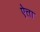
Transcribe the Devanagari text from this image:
ऐत्ता